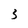
Character: 3